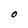
Character: O